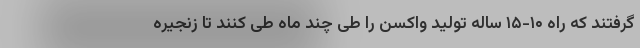
گرفتند که راه ۱۰-۱۵ ساله تولید واکسن را طی چند ماه طی کنند تا زنجیره